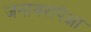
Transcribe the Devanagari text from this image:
जनावरांपेक्षा